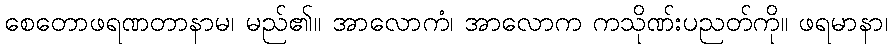
စေတောဖရဏတာနာမ၊ မည်၏။ အာလောကံ၊ အာလောက ကသိုဏ်းပညတ်ကို။ ဖရမာနာ၊